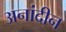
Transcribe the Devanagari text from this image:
अनांदीन